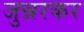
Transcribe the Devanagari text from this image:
जुन्नरकर